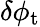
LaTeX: \delta\phi_{\mathrm{t}}